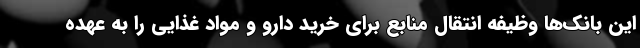
این بانک‌ها وظیفه انتقال منابع برای خرید دارو و مواد غذایی را به عهده